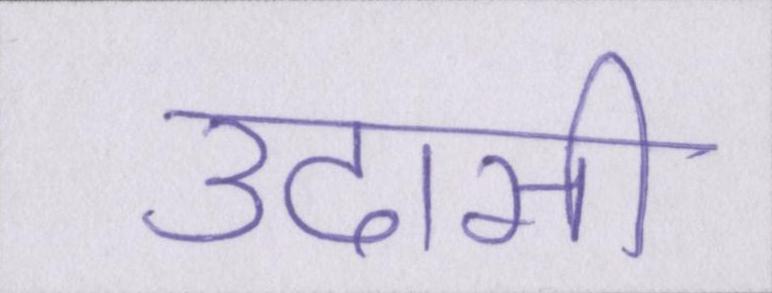
उदासी